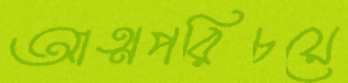
আত্মপরিচয়ে